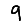
Digit: 9